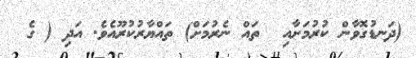
(ދަނޑުގޮވާން ކުރުމަށާއި  ތައް ނެރުމަށް) ތައްޔާރުކުރޫއެވެ. އަދި ( ގެ